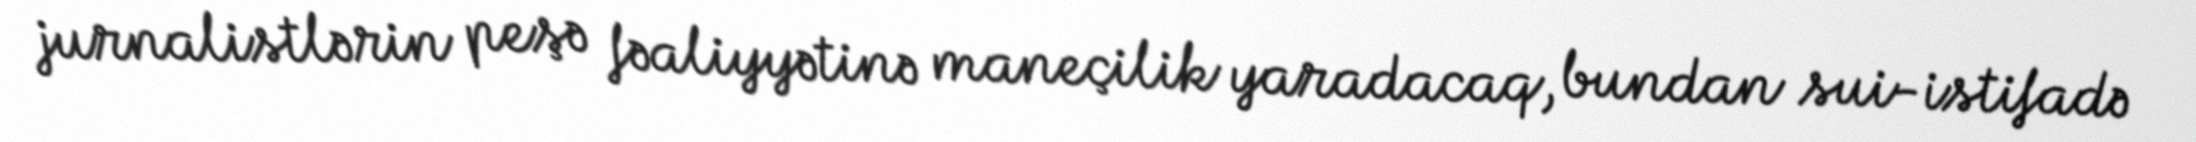
jurnalistlərin peşə fəaliyyətinə maneçilik yaradacaq, bundan sui-istifadə